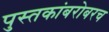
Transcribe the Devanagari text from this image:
पुस्तकांबरोबरच